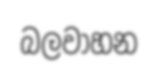
බලවාහන